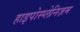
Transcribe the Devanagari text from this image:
हाइपोस्प्लेनिज़म